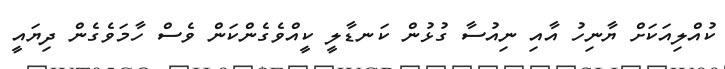
ކުއްލިއަކަށް ޔާނިހު އާއި ނިއުސާ ގުޅުން ކަނޑާލީ ކީއްވެގެންކަން ވެސް ހާމަވެގެން ދިޔައީ